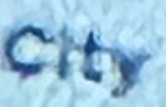
City